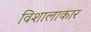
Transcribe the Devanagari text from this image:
विशालाकार